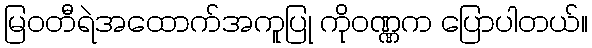
မြဝတီရဲအထောက်အကူပြု ကိုဝဏ္ဏက ပြောပါတယ်။